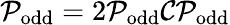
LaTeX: \mathcal{P}_{\mathrm{odd}}=2\mathcal{P}_{\mathrm{odd}}\mathcal{C}\mathcal{P}_{\mathrm{odd}}